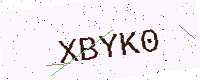
Text: XBYK0